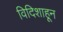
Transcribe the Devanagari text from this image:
विदिशाहून